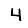
Digit: 4